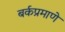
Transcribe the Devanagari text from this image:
बर्कप्रमाणे